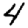
Digit: 4